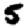
Digit: 5